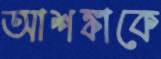
আশঙ্কাকে